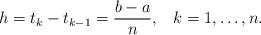
LaTeX: \begin{align*}h = t_{k} - t_{k-1} = \frac {b - a} {n}, \; \;\; k = 1, \ldots, n.\end{align*}